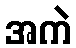
အကဲ